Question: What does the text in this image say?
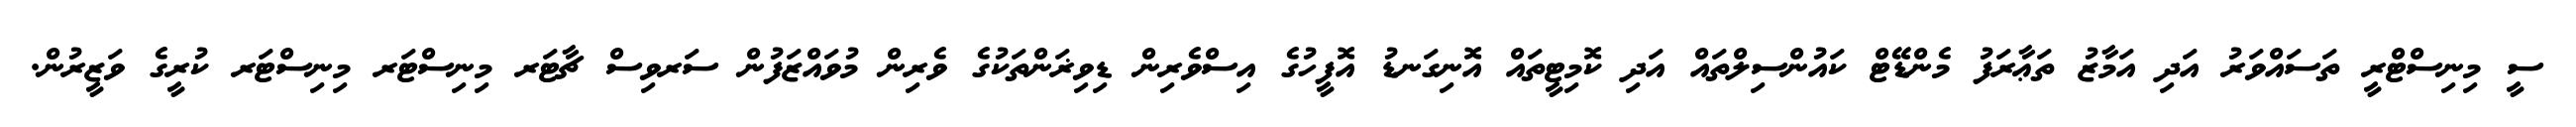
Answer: ސީ މިނިސްޓްރީ ތަސައްވަރު އަދި އަމާޒު ތަޢާރަފު މެންޑޭޓް ކައުންސިލްތައް އަދި ކޮމިޓީތައް އޮނިގަނޑު އޮފީހުގެ އިސްވެރިން ޑިވިޜަންތަކުގެ ވެރިން މުވައްޒަފުން ސަރވިސް ޗާޓަރ މިނިސްޓަރ މިނިސްޓަރ ކުރީގެ ވަޒީރުން.